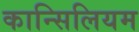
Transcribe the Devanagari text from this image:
कान्सिलियम